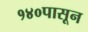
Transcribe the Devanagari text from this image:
१४०पासून